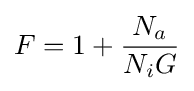
F=1+{\frac {N_{a}}{N_{i}G}}